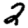
Digit: 2